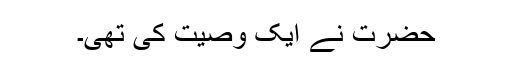
حضرت نے ایک وصیت کی تھی۔